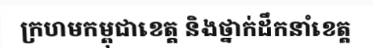
ក្រហមកម្ពុជាខេត្ត និងថ្នាក់ដឹកនាំខេត្ត